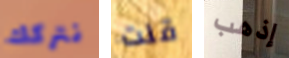
نتركك قلت إذهب